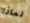
لماذا